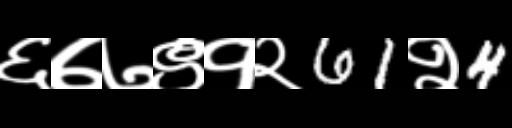
Text: ६७७९१२61२4